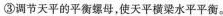
③调节天平的平衡螺母，使天平横梁水平平衡。